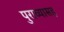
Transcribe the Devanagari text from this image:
पुराव्यासह